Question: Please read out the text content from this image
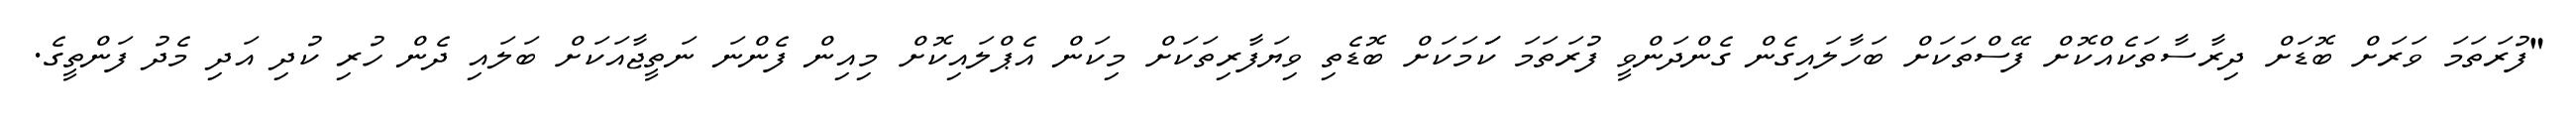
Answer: "ފުރަތަމަ ވަރަށް ބޮޑަށް ދިރާސާތަކެއްކޮށް ފޭސްތަކަށް ބަހާލައިގެން ގެންދަންވީ ފުރަތަމަ ކަަމަކަށް ބޮޑެތި ވިޔަފާރިތަކަށް މިކަން އެޕްލައިކޮށް މިއިން ފެންނަ ނަތީޖާއަކަށް ބަލައި ދެން ހުރި ކުދި އަދި މެދު ފަންތީގެ.